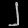
Digit: ၂